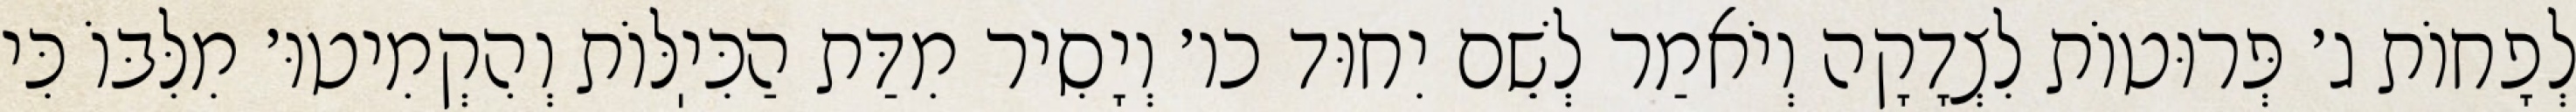
לְפָחוֹת ג׳ פְּרוּטוֹת לִצְדָקָה וְיֹאמַר לְשֵׁם יִחוּד כו׳ וְיָסִיר מִדַּת הַכִּיֽלּוֹת וְהִקְמִיטוּ׳ מִלִּבּוֹ כִּי